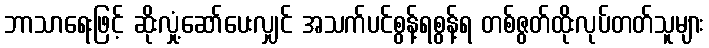
ဘာသာရေးဖြင့် ဆိုးလှုံ့ဆော်ပေးလျှင် အသက်ပင်စွန့်ရစွန့်ရ တစ်ဇွတ်ထိုးလုပ်တတ်သူများ